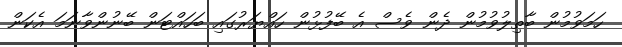
ހަމަވުމުން ބާތިލުވުމުން ދެން ވެސް އެ ބޭފުޅުން ހައްޔަރުގައި ބަހައްޓަން ބޭނުންވާނަމަ އެކަން